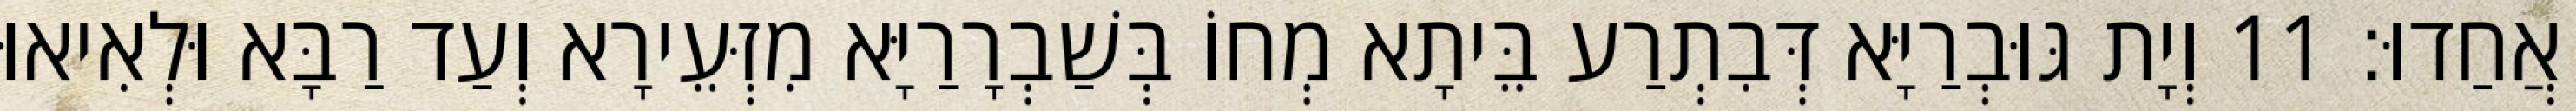
אֲחַדוּ׃ 11 וְיָת גּוּבְרַיָּא דְּבִתְרַע בֵּיתָא מְחוֹ בְּשַׁבְרָרַיָּא מִזְּעֵירָא וְעַד רַבָּא וּלְאִיאוּ